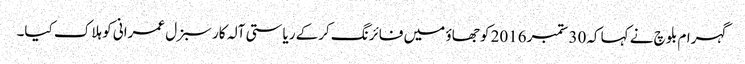
گہرام بلوچ نے کہا کہ30 ستمبر2016 کو جھاؤ میں فائرنگ کرکے ریاستی آلہ کار سبزل عمرانی کو ہلاک کیا۔